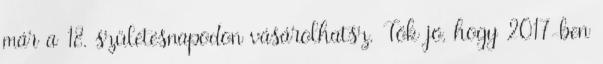
már a 18. születésnapodon vásárolhatsz. Tök jó, hogy 2017-ben